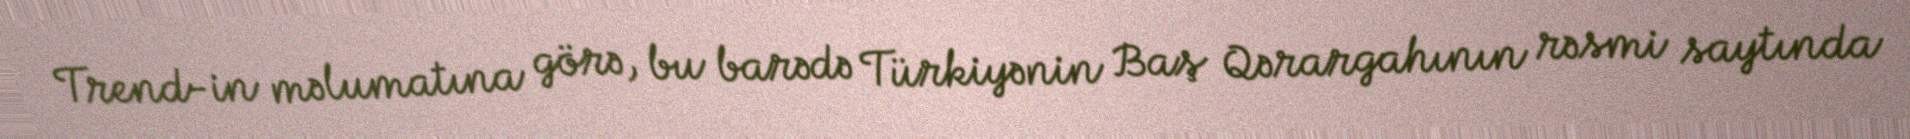
Trend-in məlumatına görə, bu barədə Türkiyənin Baş Qərargahının rəsmi saytında